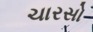
ચારસો